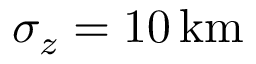
\sigma _ { z } = 1 0 \, \mathrm { k m }